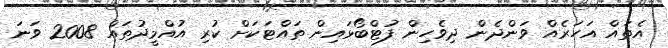
އެތައް އަހަރެއް ވަންދެން ދިވެހިން ފުޓްބޯޅައިން ތައްޓަކަށް ކުރި އުއްމީދުތައް 2008 ވަނަ